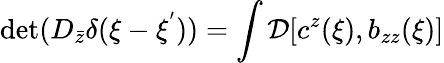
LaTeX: \mathrm{det}(D_{\bar{z}}\delta(\xi-\xi^{'}))=\int{\cal D}[c^{z}(\xi),b_{zz}(\xi)]